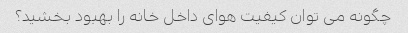
چگونه می توان کیفیت هوای داخل خانه را بهبود بخشید؟